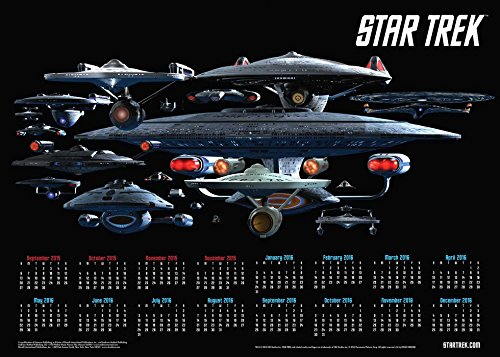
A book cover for Star Trek 2015-2016 16-Month Calendar Poster; CBS; Calendars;